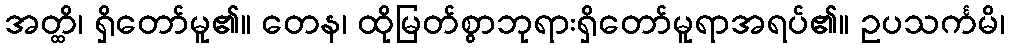
အတ္ထိ၊ ရှိတော်မူ၏။ တေန၊ ထိုမြတ်စွာဘုရားရှိတော်မူရာအရပ်၏။ ဥပသင်္ကမိ၊